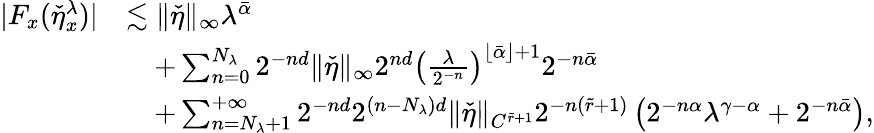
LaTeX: \begin{array}{rl}{|F_{x}(\check{\eta}_{x}^{\lambda})|}&{\lesssim\| \check{\eta}\| _{\infty}\lambda^{\bar{\alpha}}}\\ &{\quad+\sum_{n=0}^{N_{\lambda}}2^{-nd}\| \check{\eta}\| _{\infty}2^{nd}\left(\frac{\lambda}{2^{-n}}\right)^{\lfloor\bar{\alpha}\rfloor+1}2^{-n\bar{\alpha}}}\\ &{\quad+\sum_{n=N_{\lambda}+1}^{+\infty}2^{-nd}2^{(n-N_{\lambda})d}\| \check{\eta}\| _{C^{\tilde{r}+1}}2^{-n(\tilde{r}+1)}\left(2^{-n\alpha}\lambda^{\gamma-\alpha}+2^{-n\bar{\alpha}}\right),}\end{array}